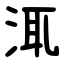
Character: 㳧